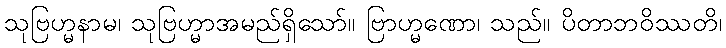
သုဗြဟ္မနာမ၊ သုဗြဟ္မာအမည်ရှိသော်။ ဗြာဟ္မဏော၊ သည်။ ပိတာဘဝိဿတိ၊